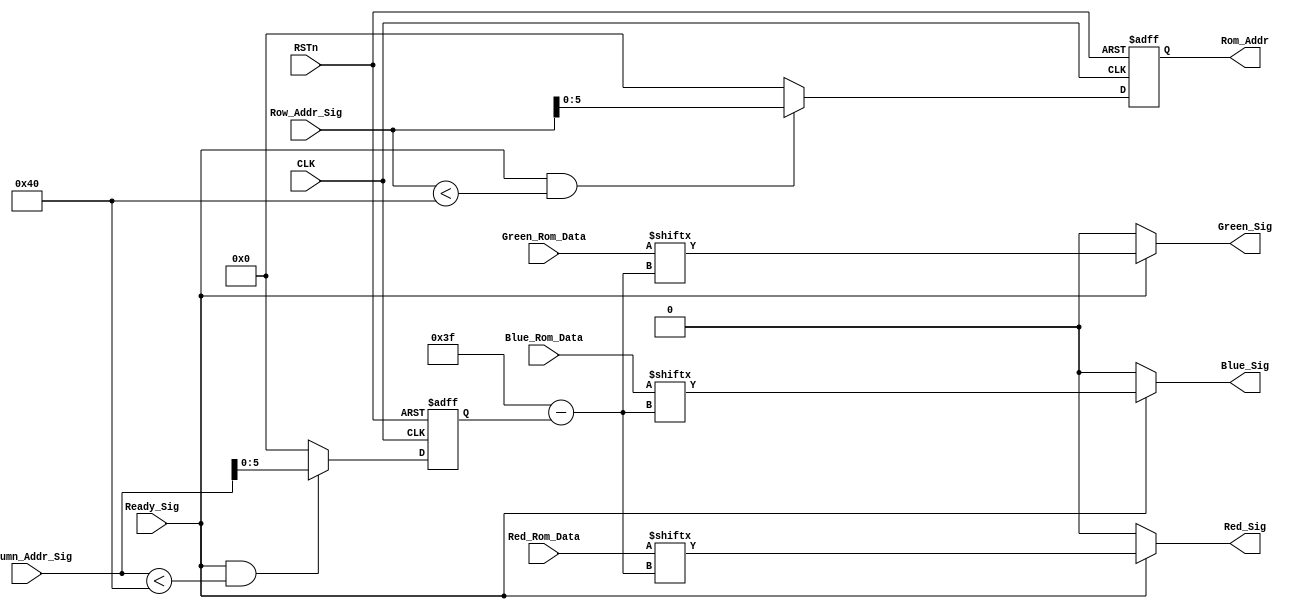
module vga_control_module
(
    CLK, RSTn,
	 Ready_Sig, Column_Addr_Sig, Row_Addr_Sig,
	 Red_Rom_Data, Green_Rom_Data, Blue_Rom_Data, Rom_Addr,
	 Red_Sig, Green_Sig, Blue_Sig
);
    input CLK;
	 input RSTn;
	 input Ready_Sig;
	 input [10:0]Column_Addr_Sig;
	 input [10:0]Row_Addr_Sig;
	 
	 input [63:0]Red_Rom_Data;
	 input [63:0]Green_Rom_Data;
	 input [63:0]Blue_Rom_Data;
	 output [5:0]Rom_Addr;
	 
	 output Red_Sig;
	 output Green_Sig;
	 output Blue_Sig;
	 
	 
	 /**********************************/
	 
	 reg [5:0]m;
	 
	 always @ ( posedge CLK or negedge RSTn )
	     if( !RSTn )
				m <= 6'd0; 
		  else if( Ready_Sig && Row_Addr_Sig < 64 )
		      m <= Row_Addr_Sig[5:0];
		  else
		      m <= 6'd0;
	
    reg [5:0]n;
	 
	 always @ ( posedge CLK or negedge RSTn )
	     if( !RSTn )
		      n <= 6'd0;
		  else if( Ready_Sig && Column_Addr_Sig < 64 )
		      n <= Column_Addr_Sig[5:0];
		  else 
		      n <= 6'd0;
				
	/************************************/
	
    assign Rom_Addr = m;
	
	 assign Red_Sig = Ready_Sig ? Red_Rom_Data[ 6'd63 - n ] : 1'b0;
	 assign Green_Sig = Ready_Sig ? Green_Rom_Data[ 6'd63 - n ] : 1'b0;
	 assign Blue_Sig = Ready_Sig ? Blue_Rom_Data[ 6'd63 - n ] : 1'b0;
	 
	/***********************************/
	 

endmodule